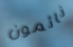
نائمون